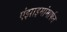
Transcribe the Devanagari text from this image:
एंझाइमांमार्फत